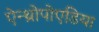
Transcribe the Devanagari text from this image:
ऐन्थ्रोपोएडिया